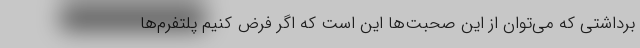
برداشتی که می‌توان از این صحبت‌ها این است که اگر فرض کنیم پلتفرم‌ها